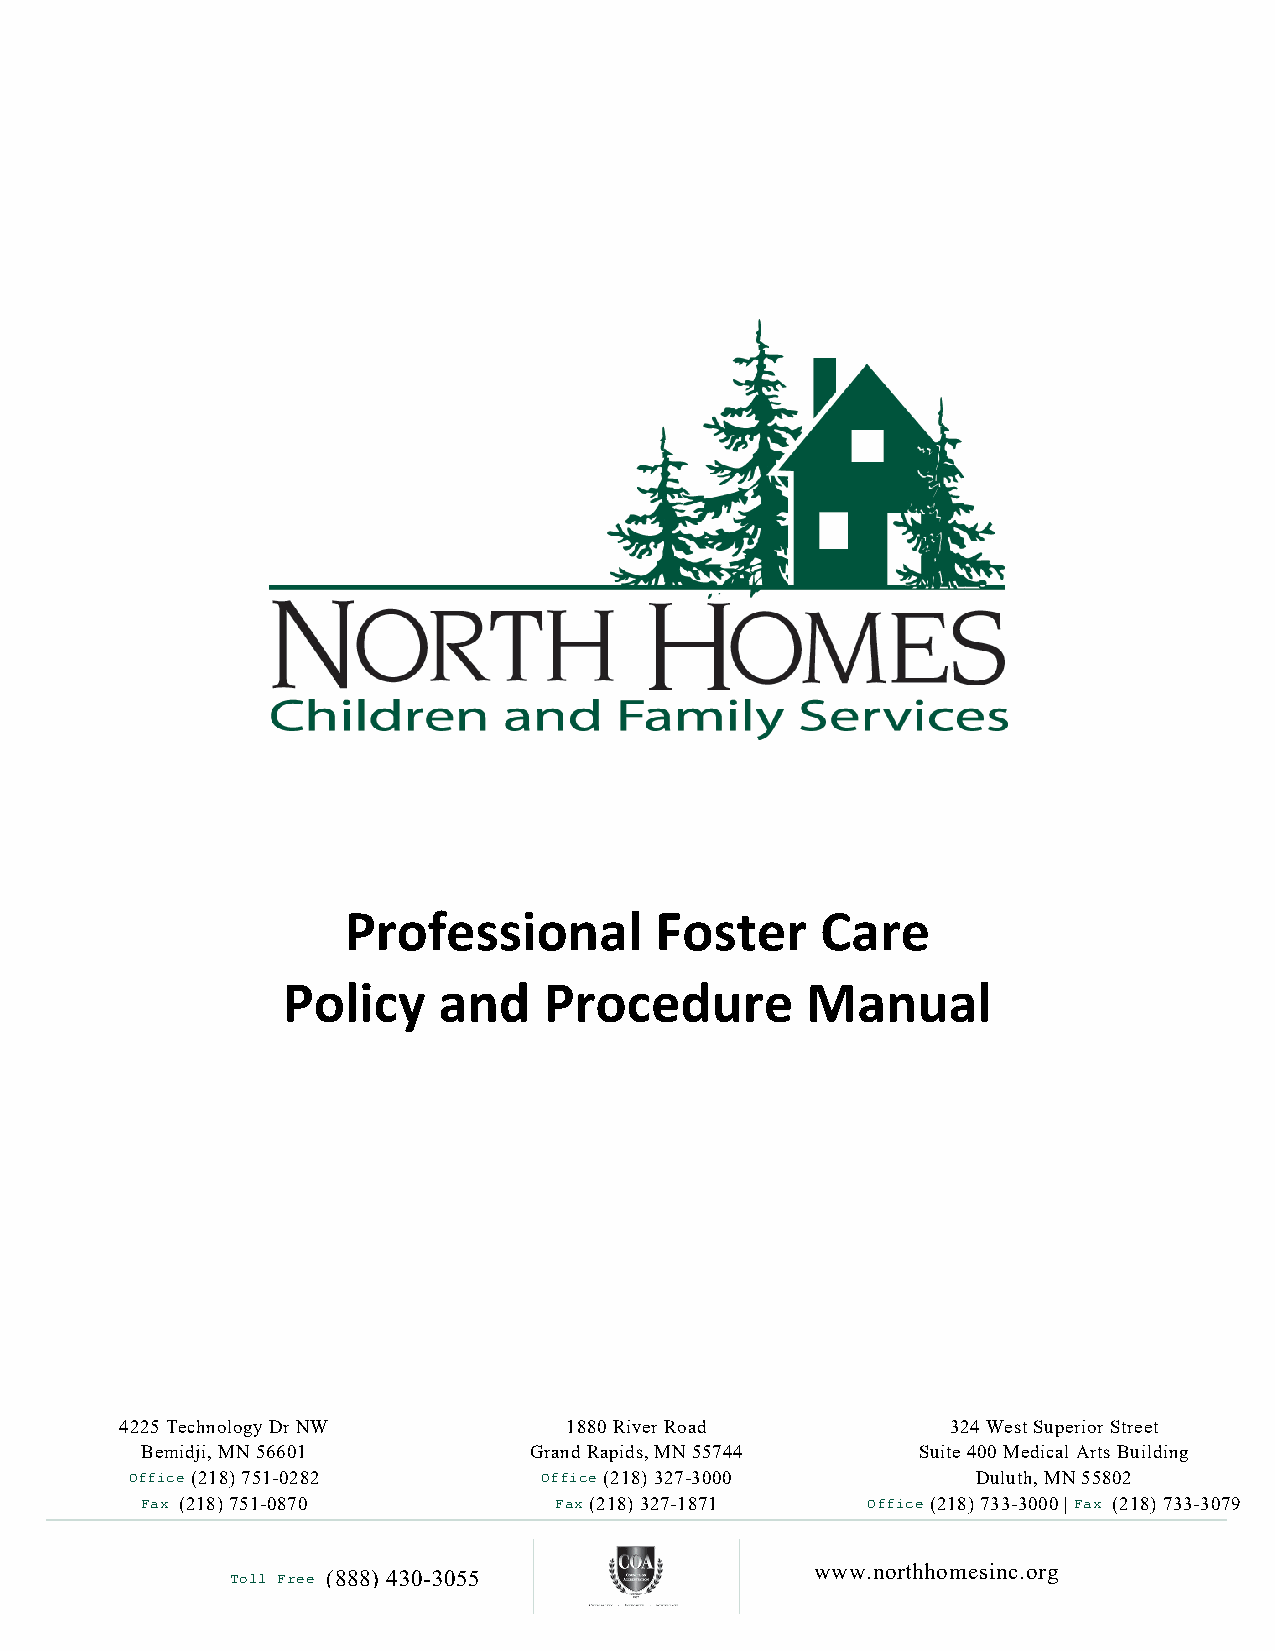
Professional        Foster     Care
 Policy    and    Procedure        Manual
 4225 Technology Dr NW        1880 River Road           324 West Superior Street
 Bemidji, MN 56601         Grand Rapids, MN 55744    Suite 400 Medical Arts Building
 Office (218) 751-0282      Office (218) 327-3000        Duluth, MN 55802
 Fax (218) 751-0870          Fax (218) 327-1871  Office (218) 733-3000 | Fax (218) 733-3079
 www.northhomesinc.org
 (888) 430-3055
 Toll Free